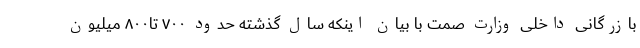
بازرگانی داخلی وزارت صمت با بیان اینکه سال گذشته حدود ۷۰۰ تا۸۰۰ میلیون